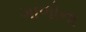
ગાળોના